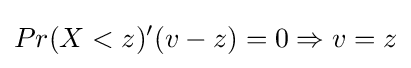
Pr(X<z)'(v-z)=0\Rightarrow v=z